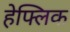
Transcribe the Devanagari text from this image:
हेफ्लिक